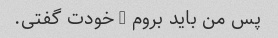
پس من باید بروم - خودت گفتی.